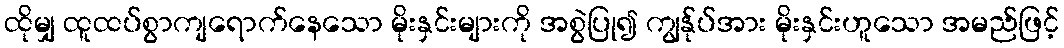
ထိုမျှ ထူထပ်စွာကျရောက်နေသော မိုးနှင်းများကို အစွဲပြု၍ ကျွန်ုပ်အား မိုးနှင်းဟူသော အမည်ဖြင့်